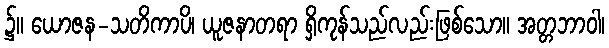
၌။ ယောဇန-သတိကာပိ၊ ယူဇနာတရာ ရှိကုန်သည်လည်းဖြစ်သော။ အတ္တဘာဝါ၊